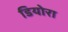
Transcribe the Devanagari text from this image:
डियोरा